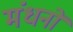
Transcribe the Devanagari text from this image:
मंधनों